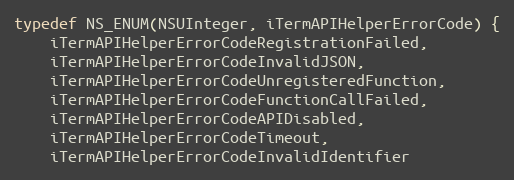
Language: C
typedef NS_ENUM(NSUInteger, iTermAPIHelperErrorCode) {
    iTermAPIHelperErrorCodeRegistrationFailed,
    iTermAPIHelperErrorCodeInvalidJSON,
    iTermAPIHelperErrorCodeUnregisteredFunction,
    iTermAPIHelperErrorCodeFunctionCallFailed,
    iTermAPIHelperErrorCodeAPIDisabled,
    iTermAPIHelperErrorCodeTimeout,
    iTermAPIHelperErrorCodeInvalidIdentifier